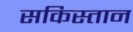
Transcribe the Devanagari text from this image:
सकिस्तान